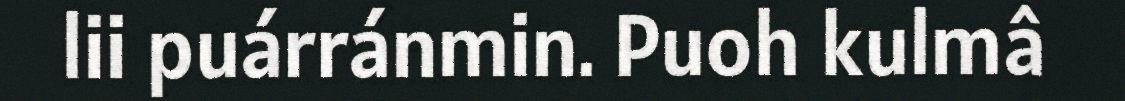
lii puárránmin. Puoh kulmâ